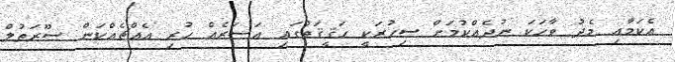
އެކަމާއި މެދު ވާހަކަ ނުދެއްކުމަށް ސިހުރަކީ ހަޤީޤަތުގައި އަސަރެއް ހުރި އެއްޗެއްކަން ސޫރަތުލް